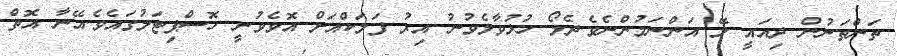
ތަންތަނުން ދިއައީ ލޭ އަންނަމުންނެވެ.ދެލޯ ހުޅުވާލެވުނު އިރު ފަލަކްއަށް އޮވެވުނީ ހޮސްޕިޓަލުގައެވެ.އޭނާ އޮތް